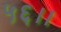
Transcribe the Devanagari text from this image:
५६।।